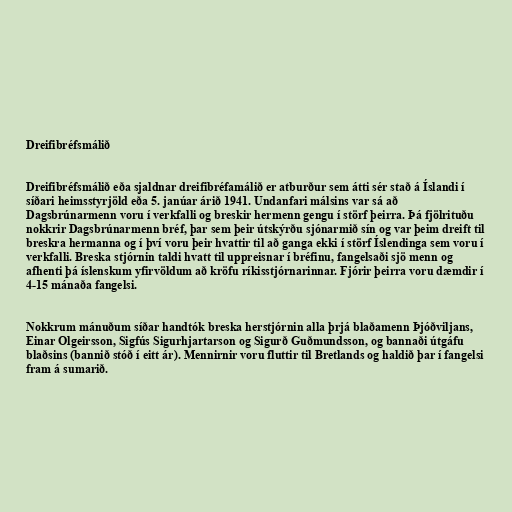
Dreifibréfsmálið

Dreifibréfsmálið eða sjaldnar dreifibréfamálið er atburður sem átti sér stað á Íslandi í
síðari heimsstyrjöld eða 5. janúar árið 1941. Undanfari málsins var sá að
Dagsbrúnarmenn voru í verkfalli og breskir hermenn gengu í störf þeirra. Þá fjölrituðu
nokkrir Dagsbrúnarmenn bréf, þar sem þeir útskýrðu sjónarmið sín og var þeim dreift til
breskra hermanna og í því voru þeir hvattir til að ganga ekki í störf Íslendinga sem voru í
verkfalli. Breska stjórnin taldi hvatt til uppreisnar í bréfinu, fangelsaði sjö menn og
afhenti þá íslenskum yfirvöldum að kröfu ríkisstjórnarinnar. Fjórir þeirra voru dæmdir í
4-15 mánaða fangelsi.

Nokkrum mánuðum síðar handtók breska herstjórnin alla þrjá blaðamenn Þjóðviljans,
Einar Olgeirsson, Sigfús Sigurhjartarson og Sigurð Guðmundsson, og bannaði útgáfu
blaðsins (bannið stóð í eitt ár). Mennirnir voru fluttir til Bretlands og haldið þar í fangelsi
fram á sumarið.